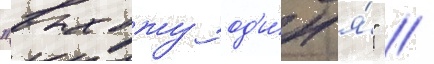
"выхожу од'и́н я́" //